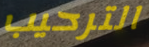
الترحيب